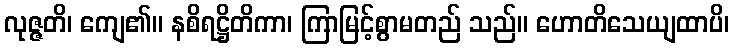
လုဇ္ဇတိ၊ ကျေ၏။ နစိရဋ္ဌိတိကာ၊ ကြာမြင့်စွာမတည် သည်။ ဟောတိသေယျထာပိ၊